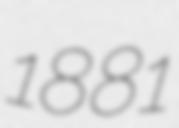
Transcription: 1881